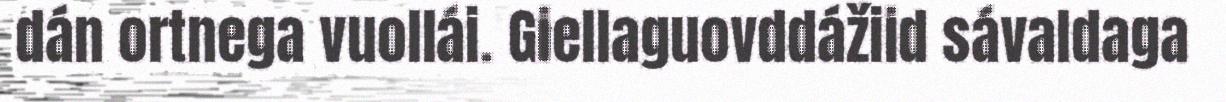
dán ortnega vuollái. Giellaguovddážiid sávaldaga